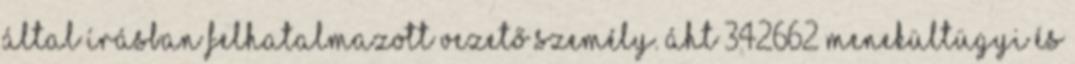
által írásban felhatalmazott vezető személy. ÁHT 342662 Menekültügyi és